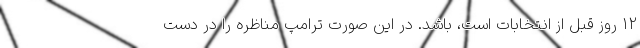
12 روز قبل از انتخابات است، باشد. در این صورت ترامپ مناظره را در دست